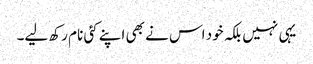
یہی نہیں بلکہ خود اس نے بھی اپنے کئی نام رکھ لیے۔